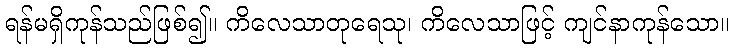
ရန်မရှိကုန်သည်ဖြစ်၍။ ကိလေသာတုရေသု၊ ကိလေသာဖြင့် ကျင်နာကုန်သော။